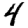
Digit: 4